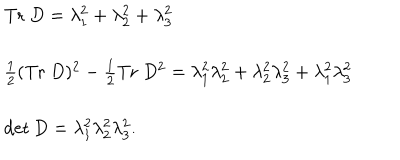
LaTeX: \begin{array} { l } { { \mathrm { T r } ~ D = \lambda _ { 1 } ^ { 2 } + \lambda _ { 2 } ^ { 2 } + \lambda _ { 3 } ^ { 2 } } } \\ { { \frac { 1 } { 2 } ( \mathrm { T r } ~ D ) ^ { 2 } - \frac { 1 } { 2 } \mathrm { T r } ~ D ^ { 2 } = \lambda _ { 1 } ^ { 2 } \lambda _ { 2 } ^ { 2 } + \lambda _ { 2 } ^ { 2 } \lambda _ { 3 } ^ { 2 } + \lambda _ { 1 } ^ { 2 } \lambda _ { 3 } ^ { 2 } } } \\ { { \det D = \lambda _ { 1 } ^ { 2 } \lambda _ { 2 } ^ { 2 } \lambda _ { 3 } ^ { 2 } . } } \\ \end{array}